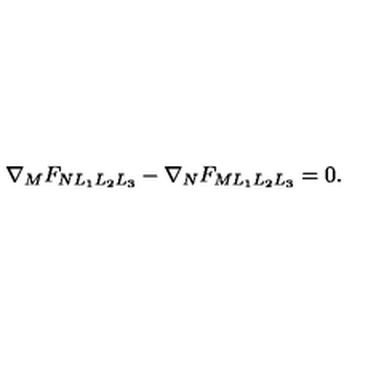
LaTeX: \nabla _ { M } F _ { N L _ { 1 } L _ { 2 } L _ { 3 } } - \nabla _ { N } F _ { M L _ { 1 } L _ { 2 } L _ { 3 } } = 0 .